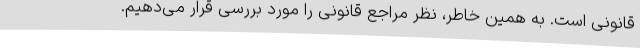
قانونی است. به همین خاطر، نظر مراجع قانونی را مورد بررسی قرار می‌دهیم.